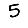
Digit: 5